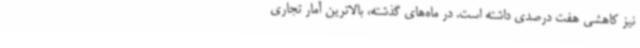
نیز کاهشی هفت درصدی داشته است. در ماه‌های گذشته، بالاترین آمار تجاری